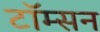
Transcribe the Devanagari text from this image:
टॉम्सन